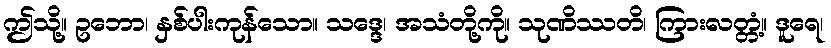
ဤသို့။ ဥဘော၊ နှစ်ပါးကုန်သော။ သဒ္ဒေ၊ အသံတို့ကို။ သုဏိဿတိ၊ ကြားလတ္တံ့။ ဒူရေ၊